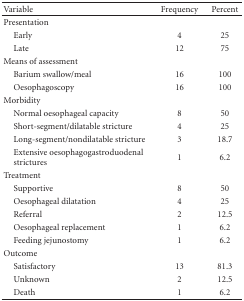
<table><thead><tr><td><b>Variable</b></td><td><b>Frequency</b></td><td><b>Percent</b></td></tr></thead><tbody><tr><td>Presentation</td><td></td><td></td></tr><tr><td> Early</td><td>4</td><td>25</td></tr><tr><td> Late</td><td>12</td><td>75</td></tr><tr><td>Means of assessment</td><td></td><td></td></tr><tr><td> Barium swallow/meal</td><td>16</td><td>100</td></tr><tr><td> Oesophagoscopy</td><td>16</td><td>100</td></tr><tr><td>Morbidity</td><td></td><td></td></tr><tr><td> Normal oesophageal capacity</td><td>8</td><td>50</td></tr><tr><td> Short-segment/dilatable stricture</td><td>4</td><td>25</td></tr><tr><td> Long-segment/nondilatable stricture</td><td>3</td><td>18.7</td></tr><tr><td> Extensive oesophagogastroduodenal strictures</td><td>1</td><td>6.2</td></tr><tr><td>Treatment</td><td></td><td></td></tr><tr><td> Supportive</td><td>8</td><td>50</td></tr><tr><td> Oesophageal dilatation</td><td>4</td><td>25</td></tr><tr><td> Referral</td><td>2</td><td>12.5</td></tr><tr><td> Oesophageal replacement</td><td>1</td><td>6.2</td></tr><tr><td> Feeding jejunostomy</td><td>1</td><td>6.2</td></tr><tr><td>Outcome</td><td></td><td></td></tr><tr><td> Satisfactory</td><td>13</td><td>81.3</td></tr><tr><td> Unknown</td><td>2</td><td>12.5</td></tr><tr><td> Death</td><td>1</td><td>6.2</td></tr></tbody></table>